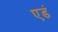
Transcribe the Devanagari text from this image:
एडं